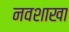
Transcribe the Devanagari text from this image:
नवशाखा